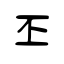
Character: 丕